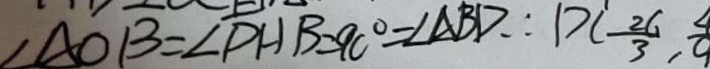
\angle A O B = \angle D H B = 9 0 ^ { \circ } = \angle A B D \therefore D C - \frac { 2 6 } { 3 } , \frac { 4 } { 9 }